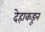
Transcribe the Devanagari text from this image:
देहाकडून